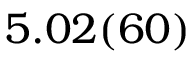
5 . 0 2 ( 6 0 )